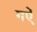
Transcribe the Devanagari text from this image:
गऐं